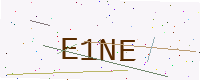
Text: E1NE